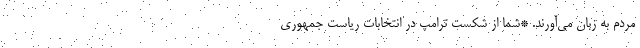
مردم به زبان می‌آورند. *شما از شکست ترامپ در انتخابات ریاست جمهوری